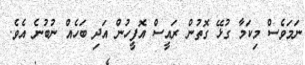
ނަމަވެސް މިކަމާ ގުޅޭ ގޮތުން ރައީސް އޮފީހުން އަދި ބަހެއް ނުބުނެ އެވެ.